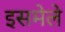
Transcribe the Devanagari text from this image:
इसमेले